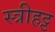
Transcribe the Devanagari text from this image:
स्त्रीहट्ट